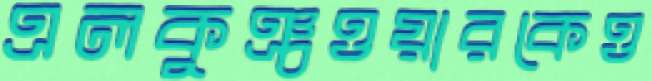
এলকুঞ্চওয়ারকেও